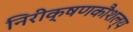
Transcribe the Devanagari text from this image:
निरीक्षणकौशल्य